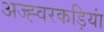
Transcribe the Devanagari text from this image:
अज्ह्वरकड़ियां